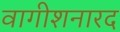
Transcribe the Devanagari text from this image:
वागीशनारद